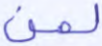
لمن